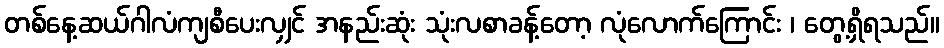
တစ်နေ့ဆယ်ဂါလံကျစီပေးလျှင် အနည်းဆုံး သုံးလစာခန့်တော့ လုံလောက်ကြောင်း ၊ တွေ့ရှိရသည်။